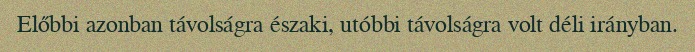
Előbbi azonban távolságra északi, utóbbi távolságra volt déli irányban.